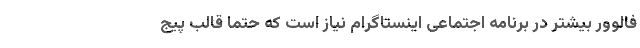
فالوور بیشتر در برنامه اجتماعی اینستاگرام نیاز است که حتما قالب پیج